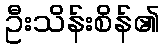
ဦးသိန်းစိန်၏